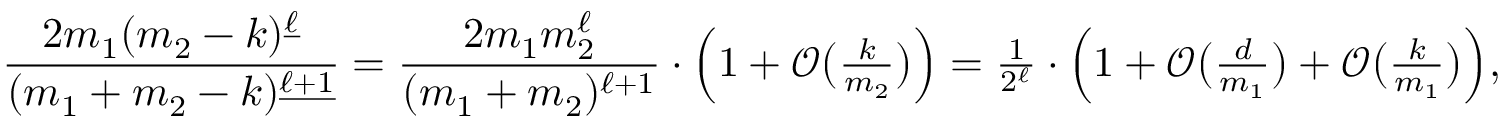
\frac { 2 m _ { 1 } ( m _ { 2 } - k ) ^ { \underline { { \ell } } } } { ( m _ { 1 } + m _ { 2 } - k ) ^ { \underline { { \ell + 1 } } } } = \frac { 2 m _ { 1 } m _ { 2 } ^ { \ell } } { ( m _ { 1 } + m _ { 2 } ) ^ { \ell + 1 } } \cdot \Big ( 1 + \mathcal { O } \big ( \textstyle { \frac { k } { m _ { 2 } } } \big ) \Big ) = \frac { 1 } { 2 ^ { \ell } } \cdot \Big ( 1 + \mathcal { O } \big ( \textstyle { \frac { d } { m _ { 1 } } } \big ) + \mathcal { O } \big ( \textstyle { \frac { k } { m _ { 1 } } } \big ) \Big ) ,